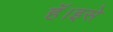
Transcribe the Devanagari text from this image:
हॅ।इसे